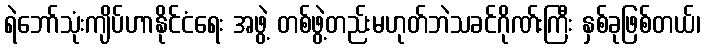
ရဲဘော်သုံးကျိပ်ဟာနိုင်ငံရေး အဖွဲ့ တစ်ဖွဲ့တည်းမဟုတ်ဘဲသခင်ဂိုဏ်းကြီး နှစ်ခုဖြစ်တယ်၊